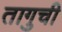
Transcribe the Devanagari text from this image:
तागुची